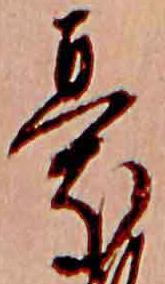
憂